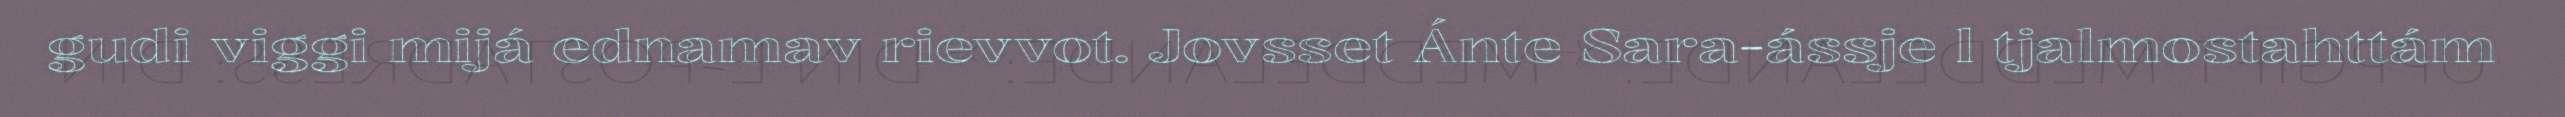
gudi viggi mijá ednamav rievvot. Jovsset Ánte Sara-ássje l tjalmostahttám